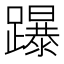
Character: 𨇅